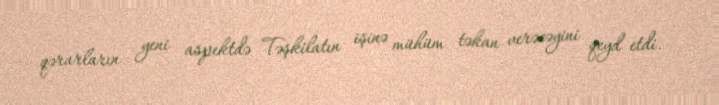
qərarların yeni aspektdə Təşkilatın işinə mühüm təkan verəcəyini qeyd etdi.